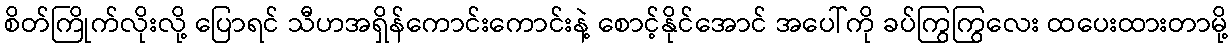
စိတ်ကြိုက်လိုးလို့ ပြောရင် သီဟအရှိန်ကောင်းကောင်းနဲ့ စောင့်နိုင်အောင် အပေါ်ကို ခပ်ကြွကြွလေး ထပေးထားတာမို့